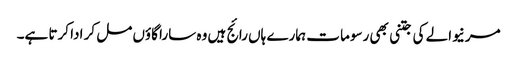
مرنیوالے کی جتنی بھی رسوما ت ہمارے ہاں رائج ہیں وہ سارا گاؤں مل کر ادا کرتا ہے۔